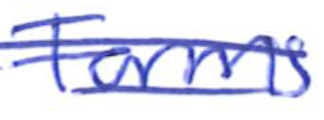
Text: Forms
Cross-out: mix
Writing tool: ballpoint